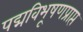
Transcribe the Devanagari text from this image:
पद्मविभूषणप्राप्त